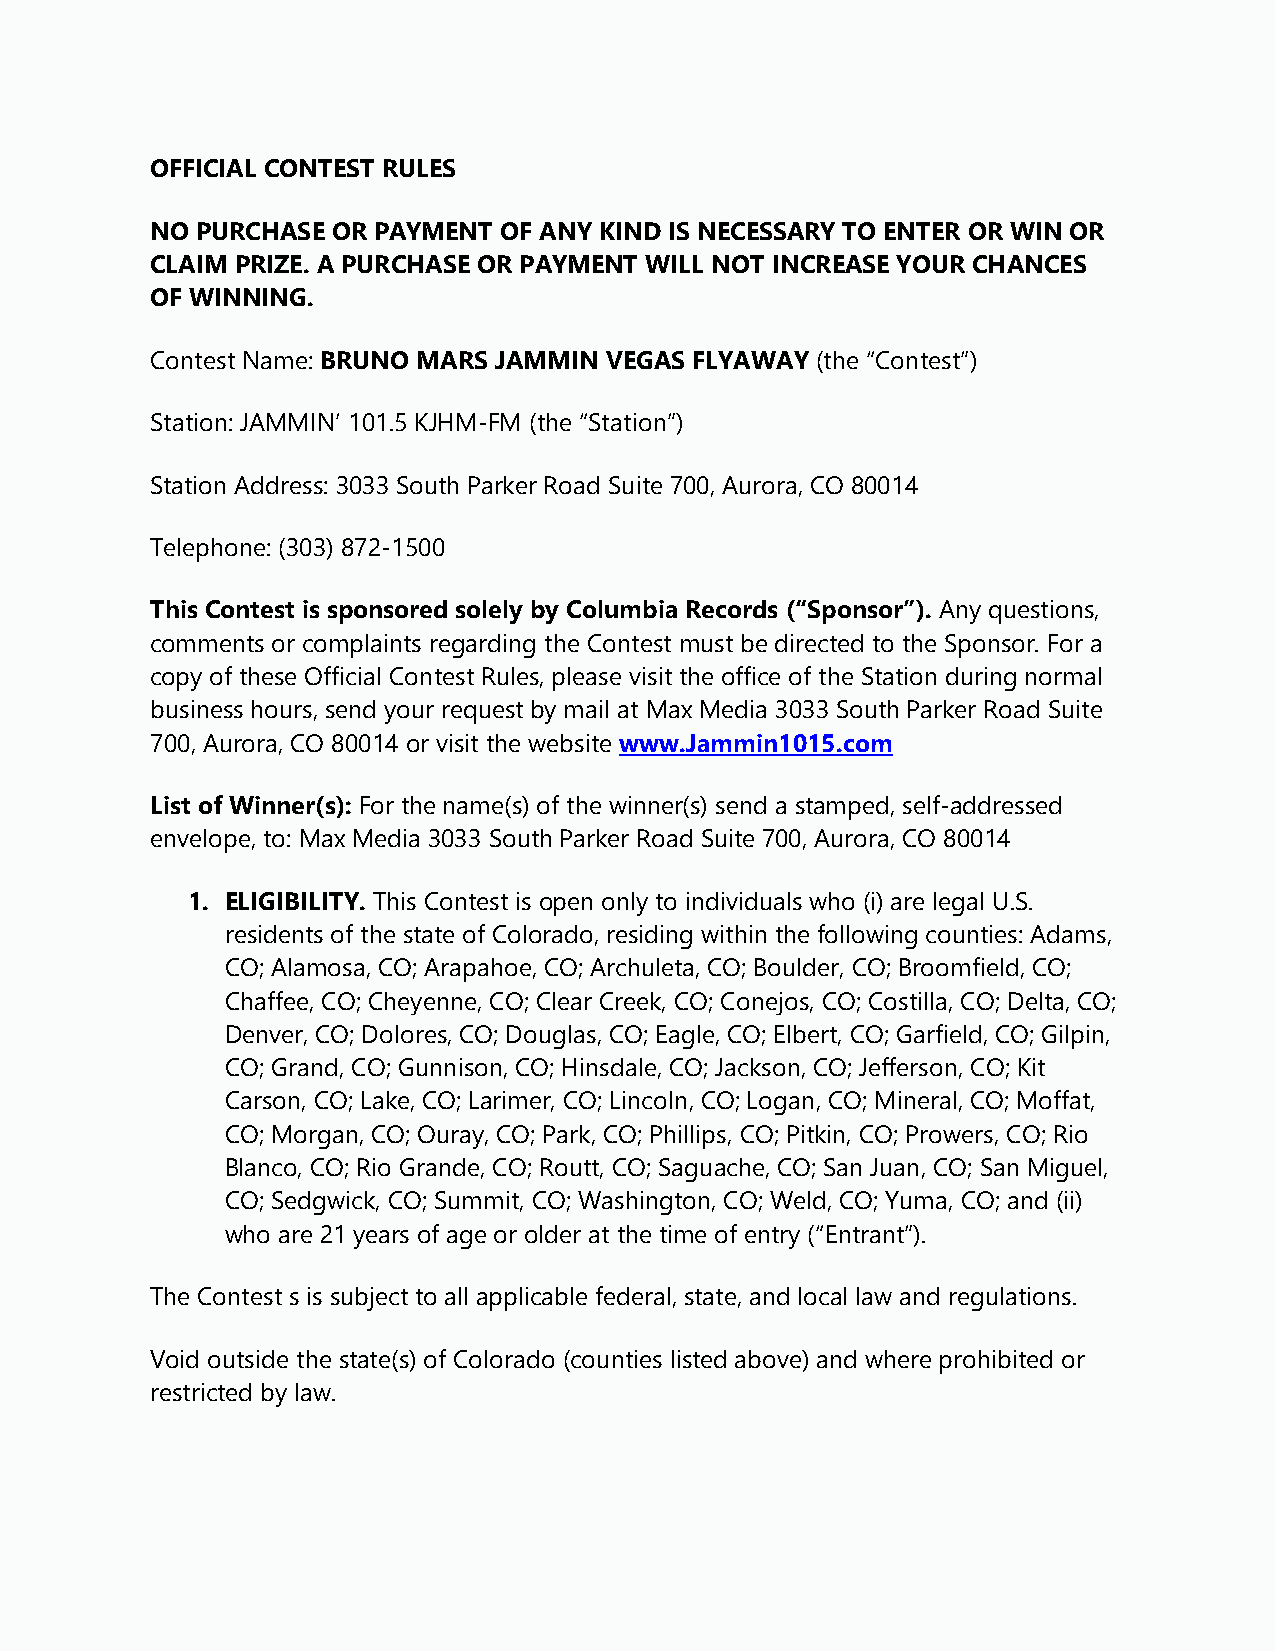
OFFICIAL CONTEST RULES
 NO PURCHASE OR PAYMENT OF ANY KIND IS NECESSARY TO ENTER OR WIN OR
 CLAIM PRIZE. A PURCHASE OR PAYMENT WILL NOT INCREASE YOUR CHANCES
 OF WINNING.
 Contest Name: BRUNO MARS JAMMIN VEGAS FLYAWAY (the “Contest”)
 Station: JAMMIN’ 101.5 KJHM-FM (the “Station”)
 Station Address: 3033 South Parker Road Suite 700, Aurora, CO 80014
 Telephone: (303) 872-1500
 This Contest is sponsored solely by Columbia Records (“Sponsor”). Any questions,
 comments or complaints regarding the Contest must be directed to the Sponsor. For a
 copy of these Official Contest Rules, please visit the office of the Station during normal
 business hours, send your request by mail at Max Media 3033 South Parker Road Suite
 700, Aurora, CO 80014 or visit the website www.Jammin1015.com
 List of Winner(s): For the name(s) of the winner(s) send a stamped, self-addressed
 envelope, to: Max Media 3033 South Parker Road Suite 700, Aurora, CO 80014
 1. ELIGIBILITY. This Contest is open only to individuals who (i) are legal U.S.
 residents of the state of Colorado, residing within the following counties: Adams,
 CO; Alamosa, CO; Arapahoe, CO; Archuleta, CO; Boulder, CO; Broomfield, CO;
 Chaffee, CO; Cheyenne, CO; Clear Creek, CO; Conejos, CO; Costilla, CO; Delta, CO;
 Denver, CO; Dolores, CO; Douglas, CO; Eagle, CO; Elbert, CO; Garfield, CO; Gilpin,
 CO; Grand, CO; Gunnison, CO; Hinsdale, CO; Jackson, CO; Jefferson, CO; Kit
 Carson, CO; Lake, CO; Larimer, CO; Lincoln, CO; Logan, CO; Mineral, CO; Moffat,
 CO; Morgan, CO; Ouray, CO; Park, CO; Phillips, CO; Pitkin, CO; Prowers, CO; Rio
 Blanco, CO; Rio Grande, CO; Routt, CO; Saguache, CO; San Juan, CO; San Miguel,
 CO; Sedgwick, CO; Summit, CO; Washington, CO; Weld, CO; Yuma, CO; and (ii)
 who are 21 years of age or older at the time of entry (“Entrant”).
 The Contest s is subject to all applicable federal, state, and local law and regulations.
 Void outside the state(s) of Colorado (counties listed above) and where prohibited or
 restricted by law.